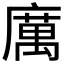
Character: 𭙿